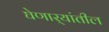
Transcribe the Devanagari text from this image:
घेणार्‍यांतील